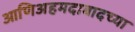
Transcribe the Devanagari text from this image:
आणिअहमदाबादच्या